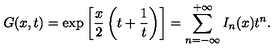
G ( x , t ) = \exp \left[ \frac { x } { 2 } \left( t + \frac { 1 } { t } \right) \right] = \sum _ { n = - \infty } ^ { + \infty } I _ { n } ( x ) t ^ { n } .